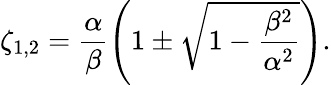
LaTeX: \zeta_{1,2}=\frac{\alpha}{\beta}\left(1\pm\sqrt{1-\frac{\beta^{2}}{\alpha^{2}}}\right).